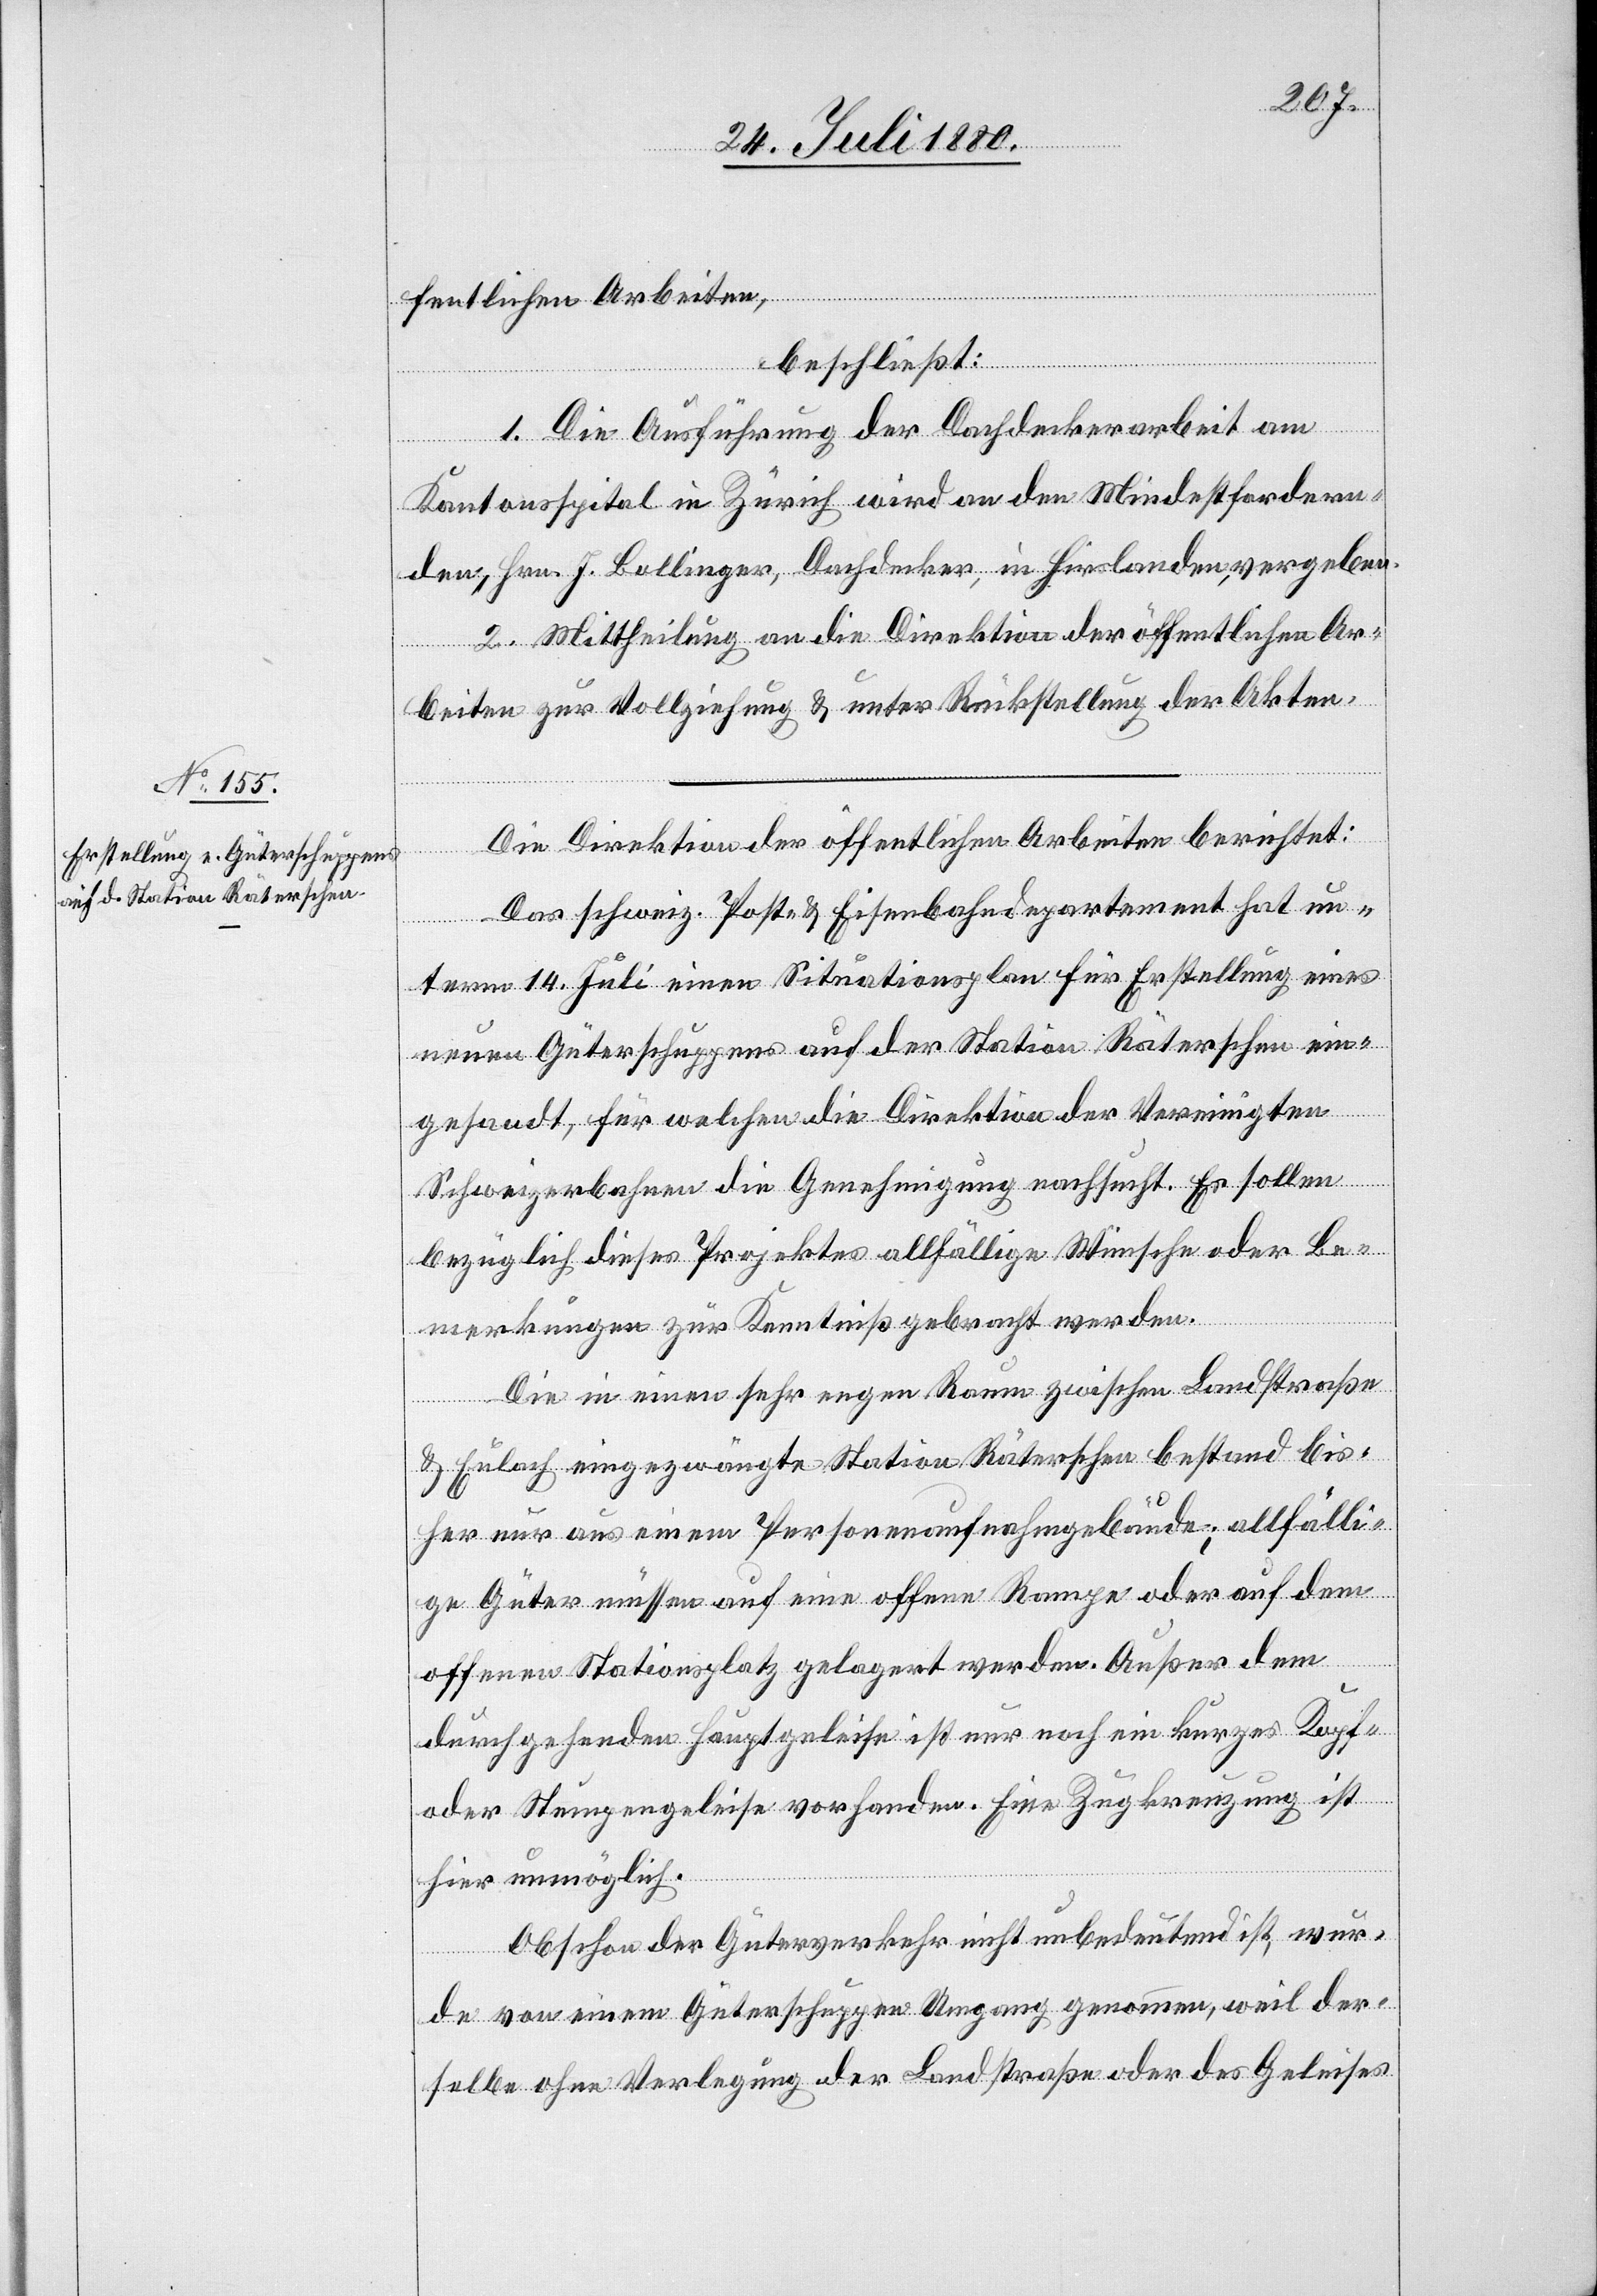
fentlichen Arbeiten
beschließt:
1. Die Ausführung der Dachdeckerarbeit am
Kantonsspital in Zürich wird an den Mindestfordern¬
den, Hrn. J. Bolliger, Dachdecker, in Hirslanden, vergeben.
2. Mittheilung an die Direktion der öffentlichen Ar¬
beiten zur Vollziehung & unter Rückstellung der Akten.
Die Direktion der öffentlichen Arbeiten berichtet:
Das schweiz. Post- & Eisenbahndepartement hat un¬
term 14. Juli einen Situationsplan für Erstellung eines
neuen Güterschuppens auf der Station Räterschen ein¬
gesandt, für welchen die Direktion der Vereinigten
Schweizerbahnen die Genehmigung nachsucht. Es sollen
bezüglich dieses Projektes allfällige Wünsche oder Be¬
merkungen zur Kenntniß gebracht werden.
Die in einen sehr engen Raum zwischen Landstraße
& Eulach eingezwängte Station Räterschen bestand bis¬
her nur aus einem Personenaufnahmgebäude; allfälli¬
ge Güter müssen auf eine offene Rampe oder auf dem
offenen Stationsplatz gelagert werden. Außer dem
durchgehenden Hauptgeleise ist nur noch ein kurzes Kopf-
oder Stumpengeleise vorhanden. Eine Zugkreuzung ist
hier unmöglich.
Obschon der Güterverkehr nicht unbedeutend ist, wur¬
de von einem Güterschuppen Umgang genommen, weil der¬
selbe ohne Verlegung der Landstraße oder des Geleises